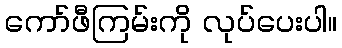
ကော်ဖီကြမ်းကို လုပ်ပေးပါ။